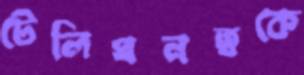
টেলিঘনত্বকে